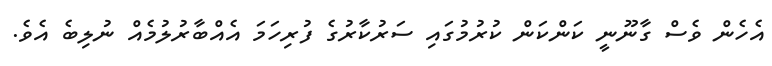
އެހެން ވެސް ގާނޫނީ ކަންކަން ކުރުމުގައި ސަރުކާރުގެ ފުރިހަމަ އެއްބާރުލުމެއް ނުލިބެ އެވެ.